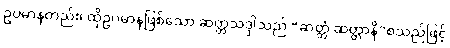
ဥပမာနတည်း၊ ထိုဥပမာနဖြစ်သော ဆတ္တသဒ္ဒါသည် “ဆတ္တံ ဆတ္တာနိ”စသည်ဖြင့်